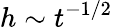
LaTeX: h\sim t^{-1/2}